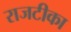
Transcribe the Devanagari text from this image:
राजटीका